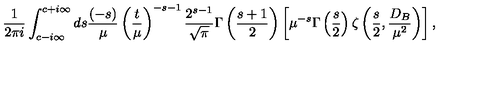
\frac 1 { 2 \pi i } \int _ { c - i \infty } ^ { c + i \infty } d s \frac { ( - s ) } { \mu } \left( \frac { t } { \mu } \right) ^ { - s - 1 } \frac { 2 ^ { s - 1 } } { \sqrt { \pi } } \Gamma \left( \frac { s + 1 } 2 \right) \left[ \mu ^ { - s } \Gamma \left( \frac s 2 \right) \zeta \left( \frac s 2 , \frac { D _ { B } } { \mu ^ { 2 } } \right) \right] ,